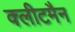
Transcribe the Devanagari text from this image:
क्लीटमैन